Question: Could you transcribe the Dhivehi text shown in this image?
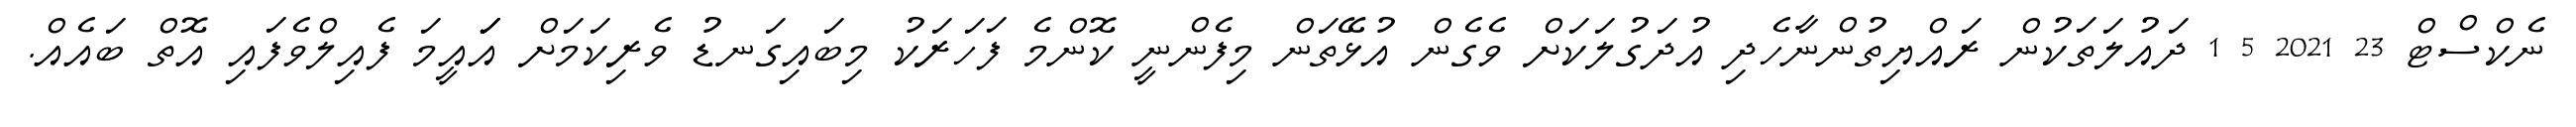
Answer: ނެކްސްޓް 23 2021 5 1 ދައުލަތަކުން ރައްޔިތުންނާހެދި އުދަގުލަކަށް ވެގެން އުޅޭތަން މިފެންނީ ކޮންމެ ފަހަރަކު މިބައިގަނޑު ވެރިކަމަށް އަަައީމަ ފެއިލްވެފައި އޮތް ބައެއް.